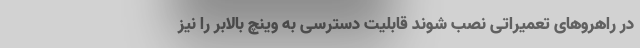
در راهروهای تعمیراتی نصب شوند قابلیت دسترسی به وینچ بالابر را نیز